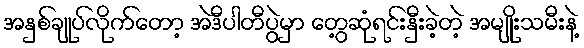
အနှစ်ချုပ်လိုက်တော့ အဲဒီပါတီပွဲမှာ တွေ့ဆုံရင်းနှီးခဲ့တဲ့ အမျိုးသမီးနဲ့